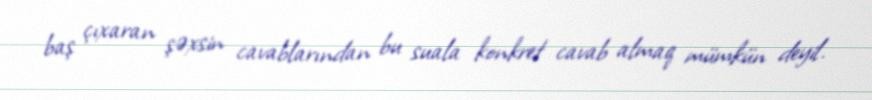
baş çıxaran şəxsin cavablarından bu suala konkret cavab almaq mümkün deyil.